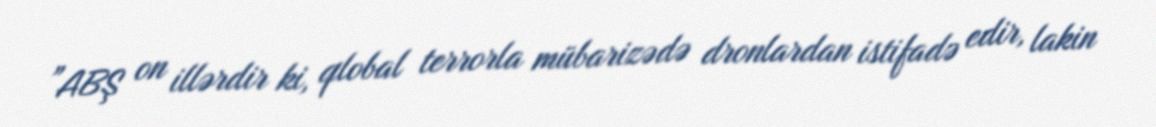
”ABŞ on illərdir ki, qlobal terrorla mübarizədə dronlardan istifadə edir, lakin